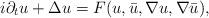
LaTeX: \begin{align*}i\partial_tu+\Delta u=F(u,\bar u, \nabla u,\nabla \bar u),\end{align*}